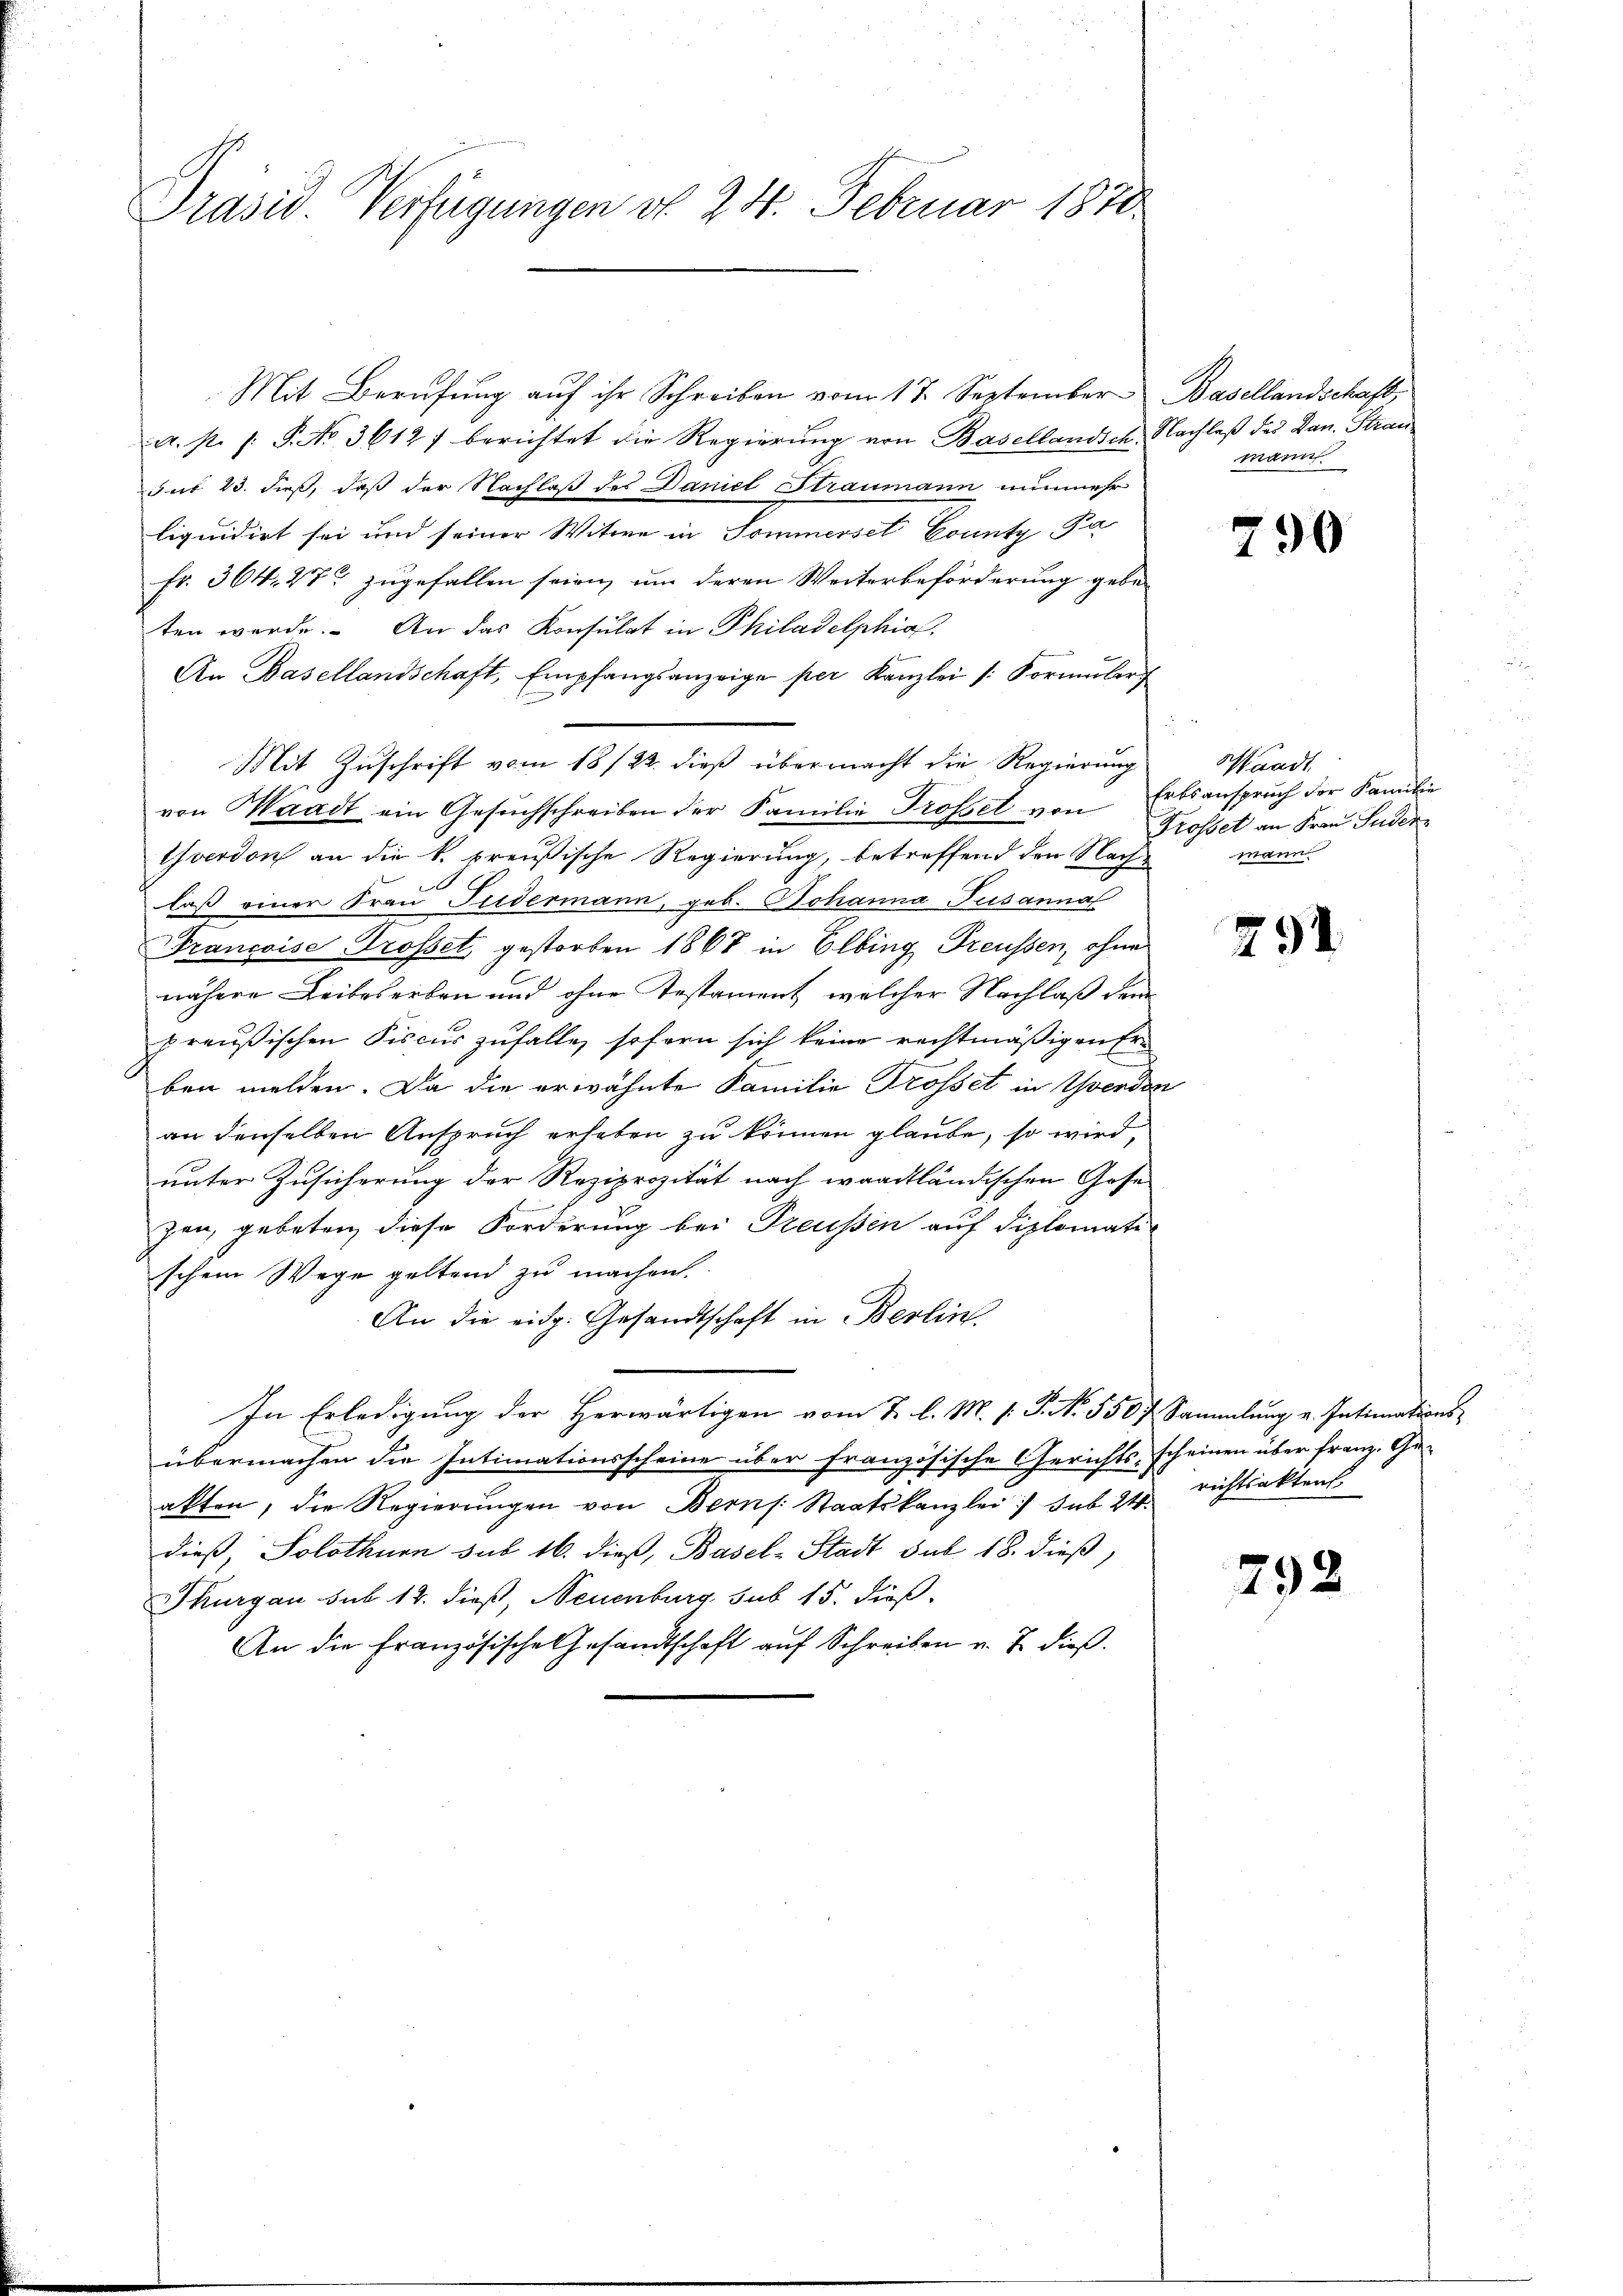
Präsid. Verfügungen d. 24. Februar 1870

Mit Zuschrift vom 18/22. dieß übermacht die Regierung

Mit Berufung aŭf ihr Schreiben vom 17. September Basellandschaft,
a. p. 1. P. No. 3612) berichtet die Regierŭng von Basellandich, Nachlaß des Dan. Strangut 23. dieß, daß der Nachlaß des Daniel Straumann nunmehr
liquidirt sei und seiner Witwe in Sommerset County, Pa
fr. 364. 27 zugefallen seien, um deren Weiterbeförderung gebeten werde. An das Konsulat in Philadelphia
An Basellandschaft, Empfangsanzeige per Kanzlei /: Formŭlar
von Waadt ein Gesuchschreiben der Familie Trossel von Erbsanspruch der Familie
Gverdon an die k. preußische Regierung, betreffend den Nache
laß einer Frau Pudermann, geb. Johanna Tusanna
Francoise Grosset, gestorben 1867 in Elbing Preussen, ohne
nähere Leibeserben und ohne Testament, welcher Nachlaß dem
preußischen Fiscus zufalle, soforn sich keine rechtmäßigen Ern
t
ben melden. Da die erwähnte Familie Trosset in Wenden
an denselben Anspruch erheben zu können glaube, so wird,
unter Zusicherung der Reziprozität nach waadtländischen Gese
zen, gebeten diese Forderung bei Treussen auf diplomate
schem Wege geltend zu machen.
An die eidg. Gesandtschaft in Berlin.
In Erledigung der Herwärtigen vom 2. l. M. s. S. N. 550 f Sammlung v. Intimations-
übermachen die Intimationsscheine über französische Gerichts scheinen über franz. Geakten, die Regierŭngen von Berns. Staatskanzlei sub 24 richtsaktens
dieß, Solothurn sub 16. dieß, Basel-Stadt sub 18. dieß,
Thurgau sub 12. dieß, Neuenburg sub 15. dieß
An die französische Gesandtschaft auf Schreiben v. J. dieß.

mann

290

sandt
Trosset an Frau Suder
mann

291.

292